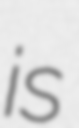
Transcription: is